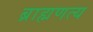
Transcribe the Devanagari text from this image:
ब्राह्मणत्य